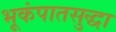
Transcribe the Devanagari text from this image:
भूकंपातसुद्धा